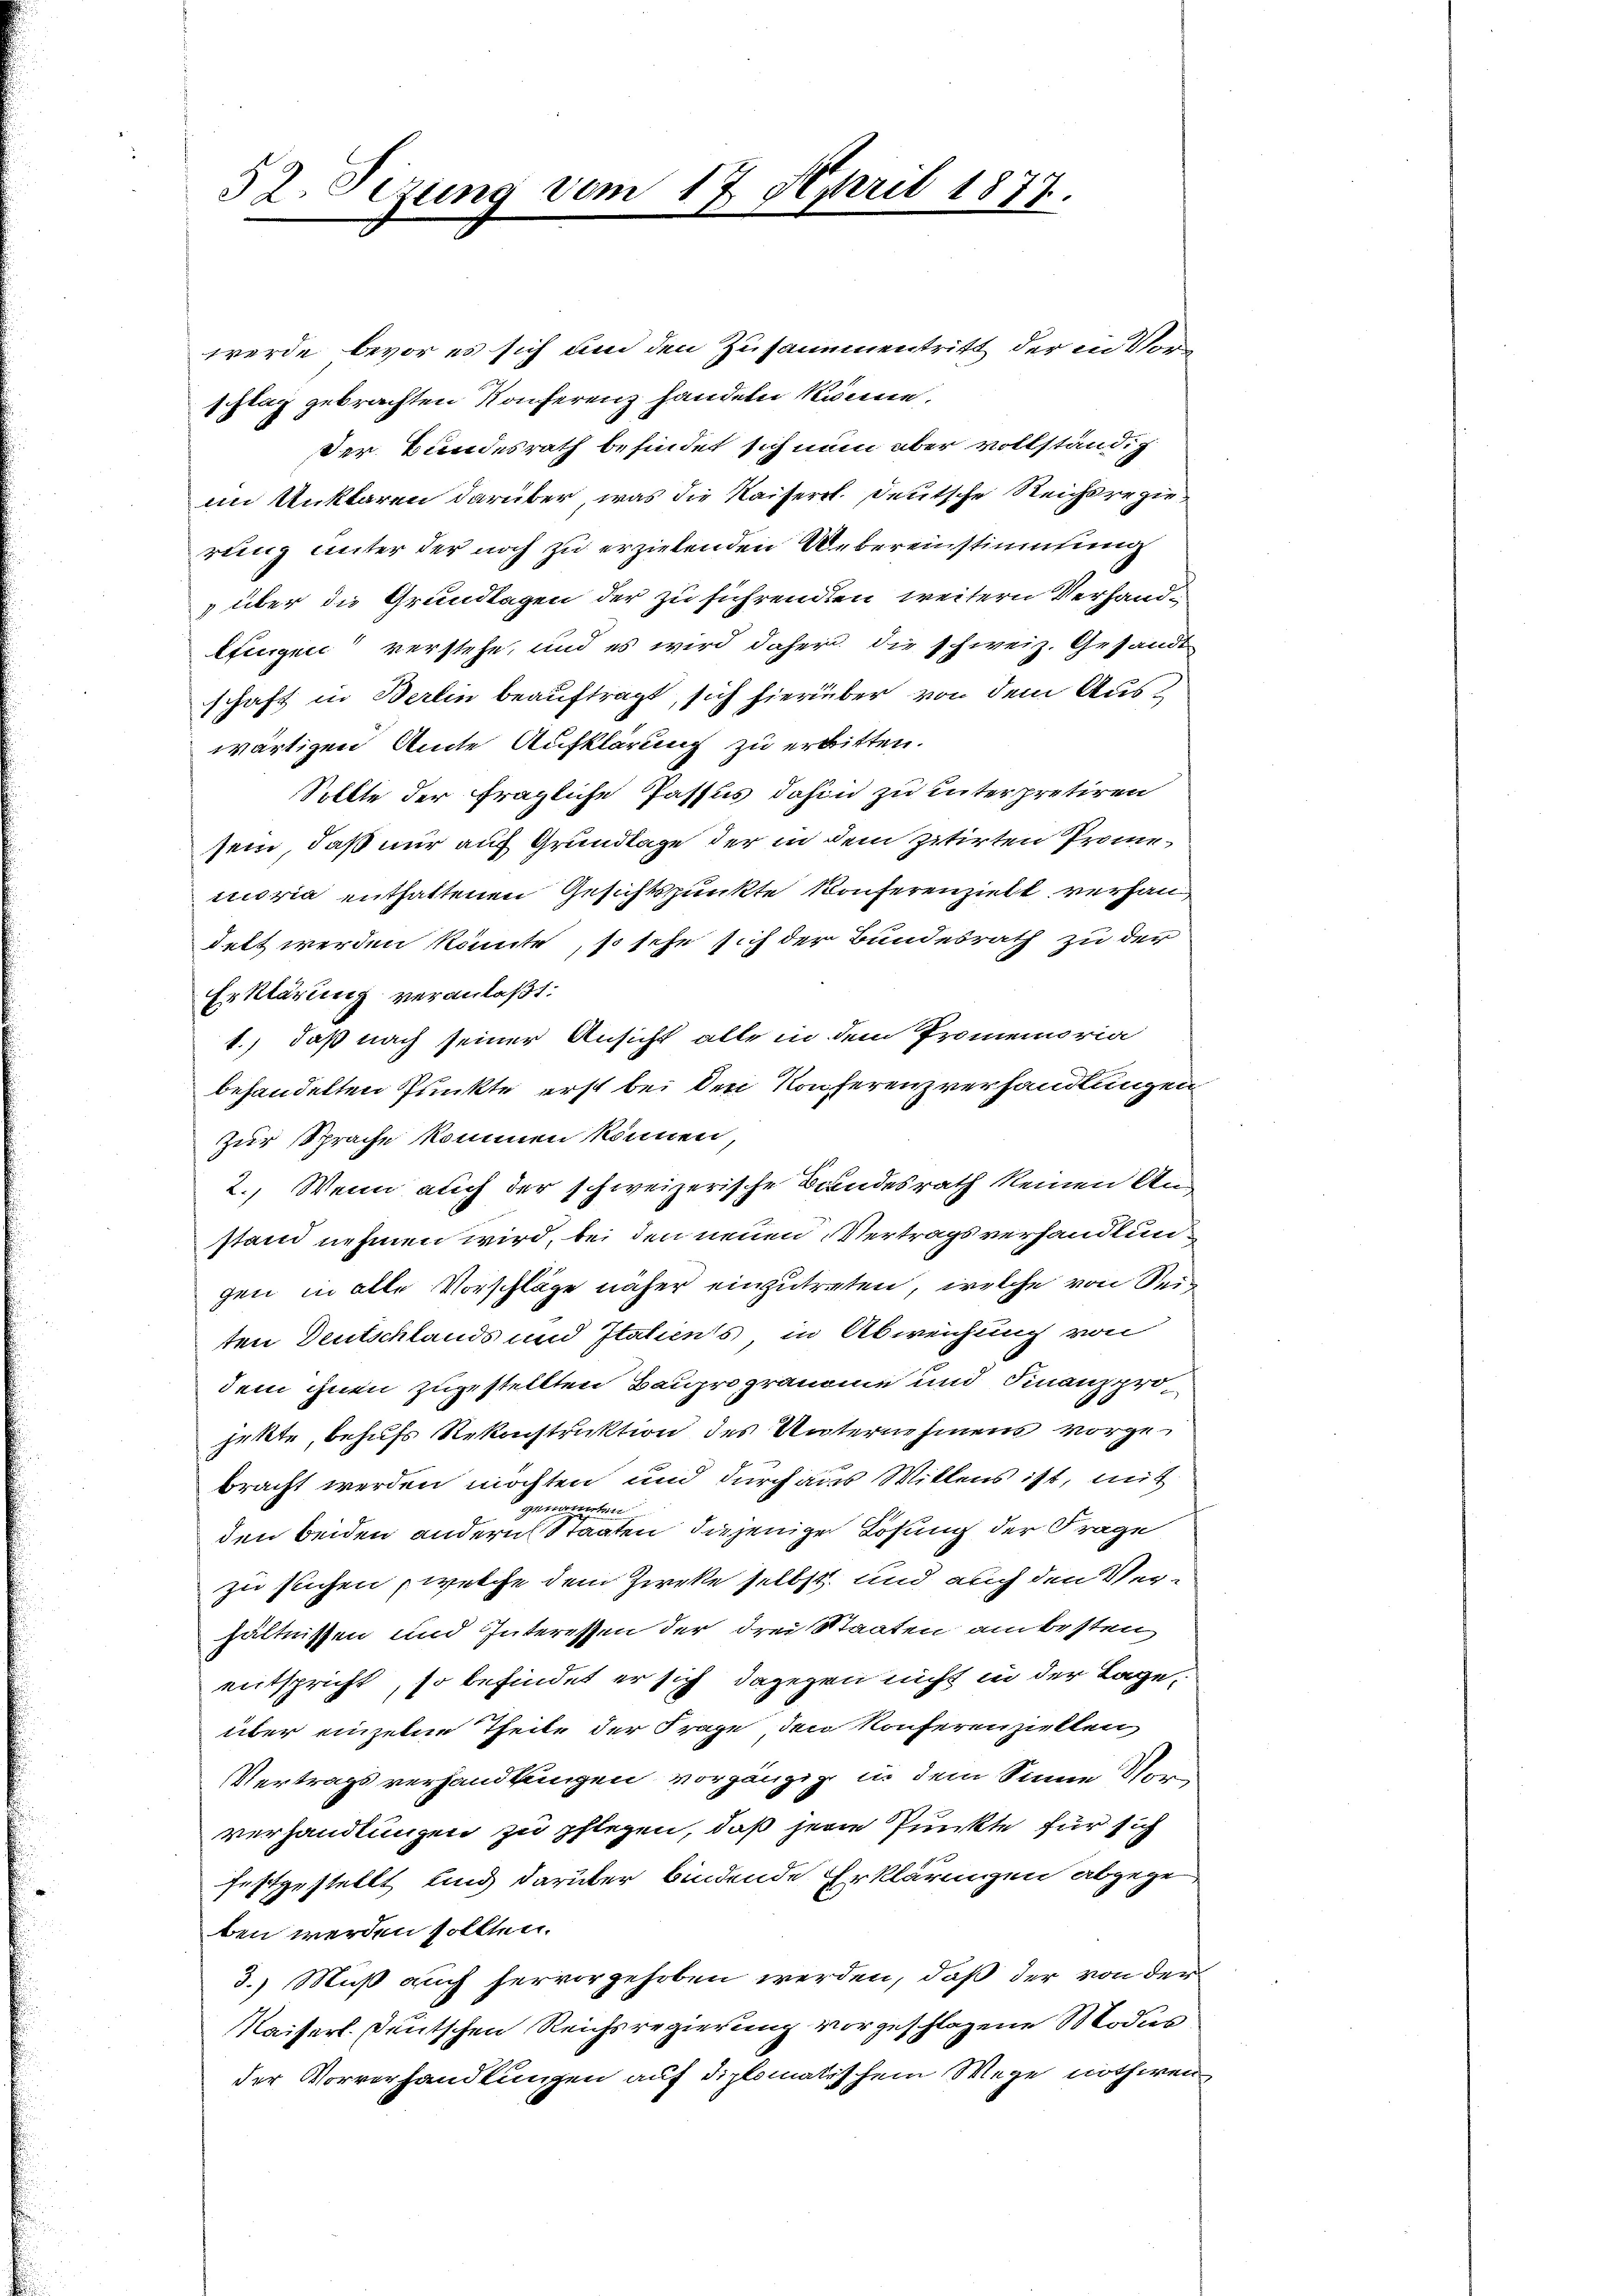
52. Sizung vom 17. April 1877.

werde, bevor es sich um den Zusammentritt der in Vorschlag gebrachten Konferenz handeln könne.
der Bundesrath befindet schnen aber vollständig
im Unklaren darüber, was die Kaiserl. Deutsche Reichsregierung unter der noch zu erziehenden Uebereinstimmung
„über die Grundlagen der zu sichrenden weitern Verhandlungen verstehe, und es wird daher die schweiz. Gesandt
schaft in Berlin beauftragt, sich hierüber von dem Auswärtigen Amte Aufklärung zu erbitten.
Sollte der fragliche Passus dahin zu unterpretiren
sein, daß nur auf Grundlage der in dem zitirten Promemoria enthaltenen Gesichtspunkte Konferenzielt verhandelt werden könnte, so sehe sich der Bundesrath zu der
Erklärung veranlaßt:
1.) daß nach seiner Ansicht alle in dem Promemoria
behandelten Punkte erst bei den Konferenzverhandlungen
zur Sprache kommen können,
2. Wenn auch der schweizerische Bundesrath keinen Anstand nehmen wird, bei den neuen Vertragsverhandlun
gen in alle Vorschläge näher einzutreten, welche von Seiten Deutschlands und Italiens in Abweichung von
dem ihnen zugestellten Bauprogranome und Finanzprohette behufs Rekonstruktion des Unternehmens vorgebracht werden möchten und durch aus Wittens ist, mit
genannten
den beiden andern Staaten diejenige Lösung der Frage
zu suchen, welche dem Zirke selbst und auch den Verhältnissen und Interessen der drei Staaten am besten
entspricht, so befindet er sich dagegen nicht in der Lage,
über einzelne Theile der Frage den Konferenziellen
Vertragsverhandlungen vorgängig in dem Sinne Vorverhandlungen zu pflegen, daß jene Punkte für sich
festgestellt und darüber bindende Erklärungen abgege
ben werden sollten.
3.) Muß auch hervorgehoben werden, daß der von der
Kaiserl. Deutschen Reichsregierung vorgeschlagene Modus,
der Vorverhandlungen auf diplomatischem Wege nothwen¬